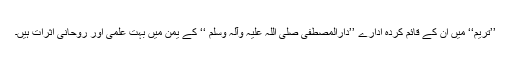
’’تریم‘‘ میں ان کے قائم کردہ ادارے ’’دارالمصطفیٰ صلی اللہ علیہ وآلہ وسلم ‘‘ کے یمن میں بہت علمی اور روحانی اثرات ہیں۔